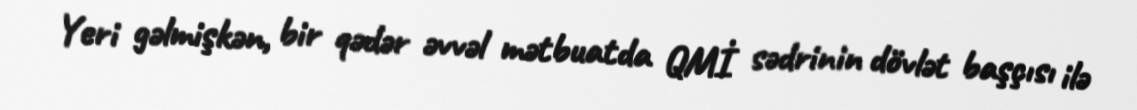
Yeri gəlmişkən, bir qədər əvvəl mətbuatda QMİ sədrinin dövlət başçısı ilə